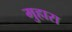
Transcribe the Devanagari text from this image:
मुहारा